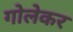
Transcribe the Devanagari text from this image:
गोलेकर